NAE_ERA_R-1665_Eesti_Kunstnike_Liit, lk 6
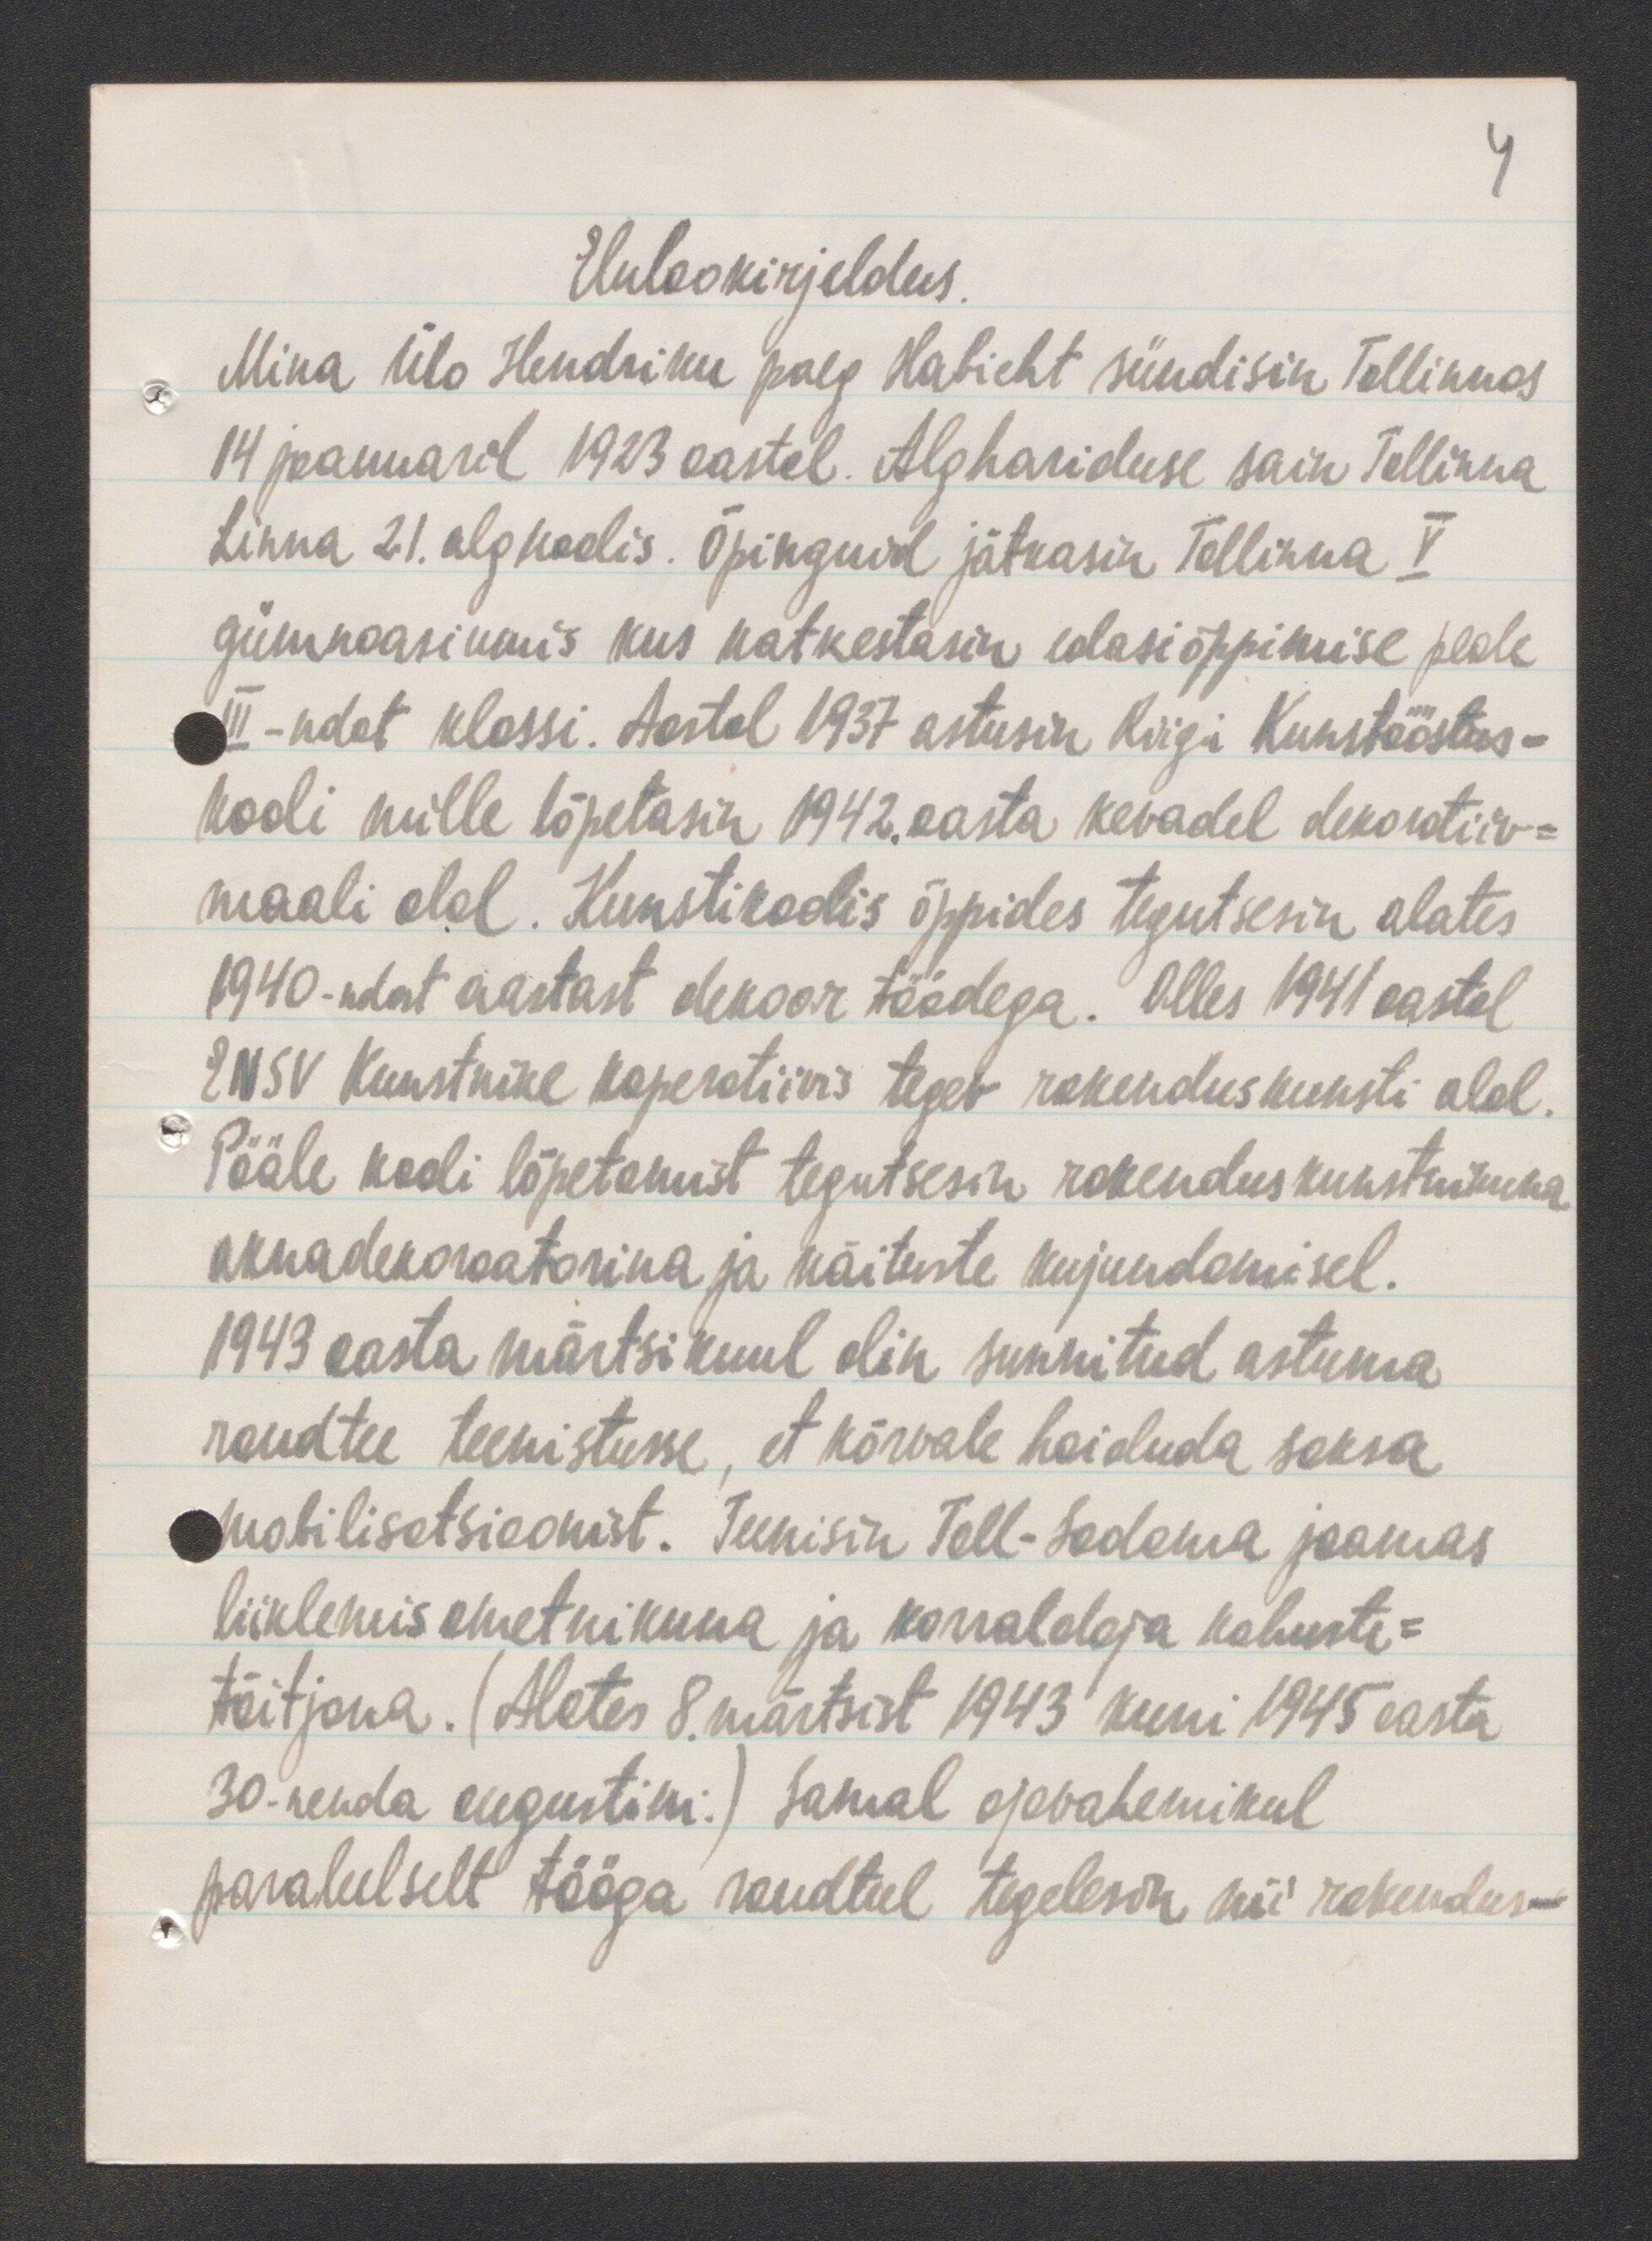
4
Elulookirjeldus.
Mina Ülo Hendriku poeg Habicht sündisin Tallinnas
14 jaanuaril 1923 aastal. Alghariduse sain Tallinna
Linna 21. algkoolis. Õpinguid jätkasin Tallinna V.
gümnaasiumis kus katkestasin edasiõppimise peale
III - ndat klassi. Aastal 1937 astusin Riigi Kunstööstus-
kooli mille lõpetasin 1942. aasta kevadel dekoratiiv-
maali alal. Kunstikoolis õppides tegutsesin alates
1940-ndat aastast dekoor töödega. Olles 1941 aastal
ENSV Kunstnike koperatiivis tegev rakenduskunsti alal.
Pääle kooli lõpetamist tegutsesin rakenduskunstnikuna
aknadekoraatorina ja näituste kujundamisel.
1943 aasta märtsikuul olin sunnitud astuma
raudtee teenistusse, et kõrvale hoiduda saksa
mobilisatsioonist. Teenisin Tall-Sadama jaamas
liiklemisametnikuna ja korraldaja kohuste-
täitjana. (Aletes 8. märtsist 1943 kuni 1945 aasta
30-nenda augustini.) Samal ajavahemikul
paraleelselt tööga raudteel tegelesin nii rakendus-